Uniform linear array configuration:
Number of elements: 64
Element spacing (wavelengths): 1
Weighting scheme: uniform
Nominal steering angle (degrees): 0
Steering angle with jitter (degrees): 1.358
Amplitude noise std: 0.05
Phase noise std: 0.05

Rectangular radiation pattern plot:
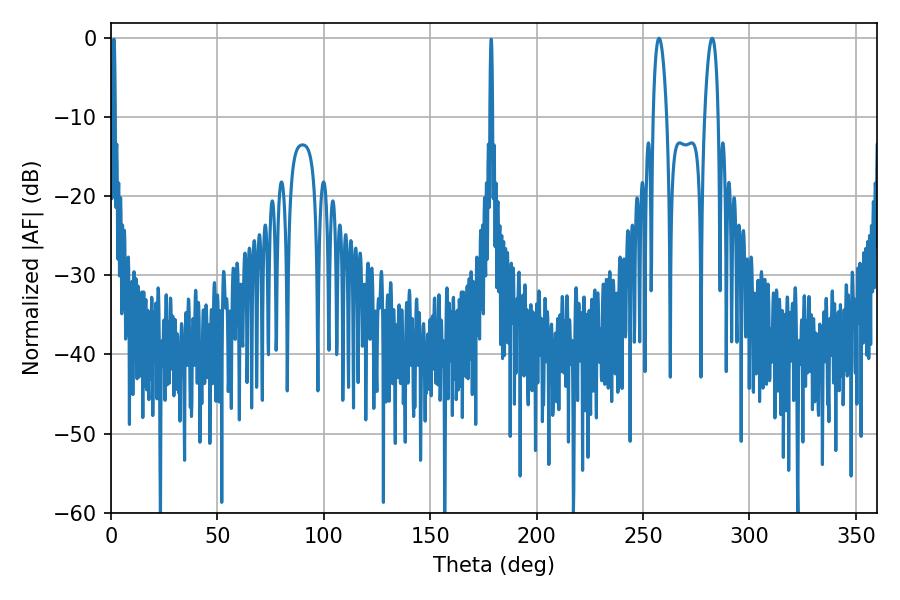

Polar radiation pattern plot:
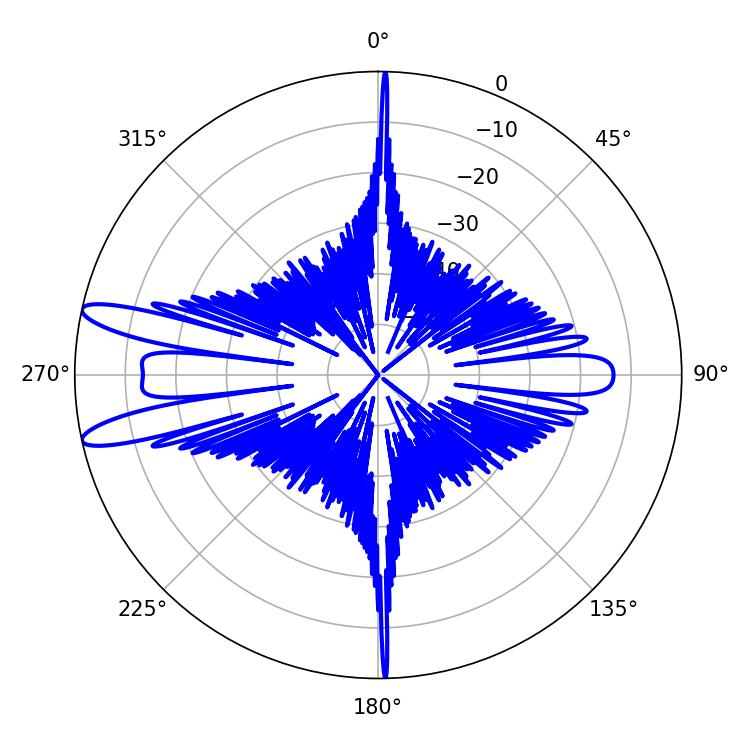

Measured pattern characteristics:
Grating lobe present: TRUE
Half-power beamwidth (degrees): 3.42
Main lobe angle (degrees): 282.42